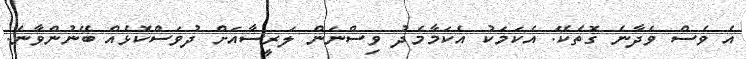
އެ ވެސް ވެދާނެ ގޮތެކޭ. އެކަމަކު އެކަމާމެދު ވިސްނަން ލަރީސާއަށް ދުވަސްކޮޅެއް ބޭނުންވާނެ.